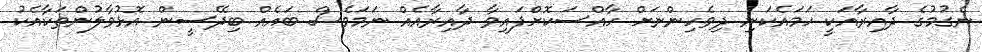
ނެގުމުގެ ދާއިރާއަކީ ހަމައެކަނި ދިވެހިންނަށް ހާއްސަކޮށްފައިވާ ދާއިރާއެއް ނަމަވެސް ބައެއް ބިދޭސީން އޮޅުވާލުންތަކާއެކު